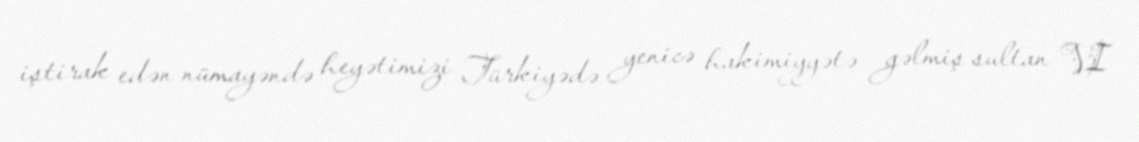
iştirak edən nümayəndə heyətimizi Türkiyədə yenicə hakimiyyətə gəlmiş sultan VI